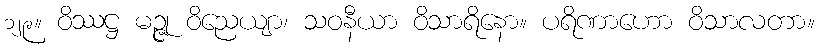
၁၂၉။ ဝိဿဋ္ဌ မဉ္ဇု ဝိညေယျာ၊ သဝနီယာ ဝိသာရိနော။ ပရိဏာဟော ဝိသာလတာ။